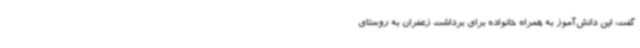
گفت: این دانش‌آموز به همراه خانواده برای برداشت زعفران به روستای